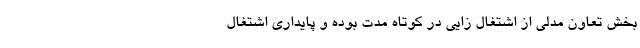
بخش تعاون مدلی از اشتغال‌ زایی در کوتاه‌ مدت بوده و پایداری اشتغال